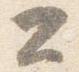
公